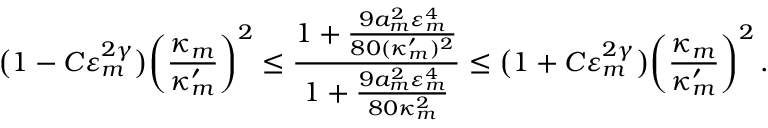
\bigl ( 1 - C \varepsilon _ { m } ^ { 2 \gamma } \bigr ) \biggl ( \frac { \kappa _ { m } } { \kappa _ { m } ^ { \prime } } \biggr ) ^ { 2 } \leq \frac { 1 + \frac { 9 a _ { m } ^ { 2 } \varepsilon _ { m } ^ { 4 } } { 8 0 ( \kappa _ { m } ^ { \prime } ) ^ { 2 } } } { 1 + \frac { 9 a _ { m } ^ { 2 } \varepsilon _ { m } ^ { 4 } } { 8 0 \kappa _ { m } ^ { 2 } } } \leq \bigl ( 1 + C \varepsilon _ { m } ^ { 2 \gamma } \bigr ) \biggl ( \frac { \kappa _ { m } } { \kappa _ { m } ^ { \prime } } \biggr ) ^ { 2 } \, .